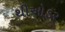
થીઓડર